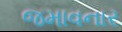
જમાવનાર